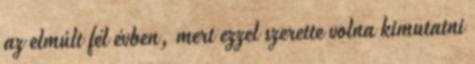
az elmúlt fél évben, mert ezzel szerette volna kimutatni